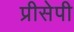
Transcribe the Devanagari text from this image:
प्रीसेपी